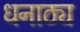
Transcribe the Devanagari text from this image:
धनाठ्य